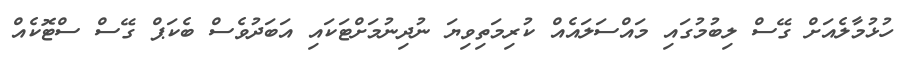
ހުޅުމާލެއަށް ގޭސް ލިބުމުގައި މައްސަލައެއް ކުރިމަތިވިޔަ ނުދިނުމަށްޓަކައި އަބަދުވެސް ބެކަޕް ގޭސް ސްޓޮކެއް